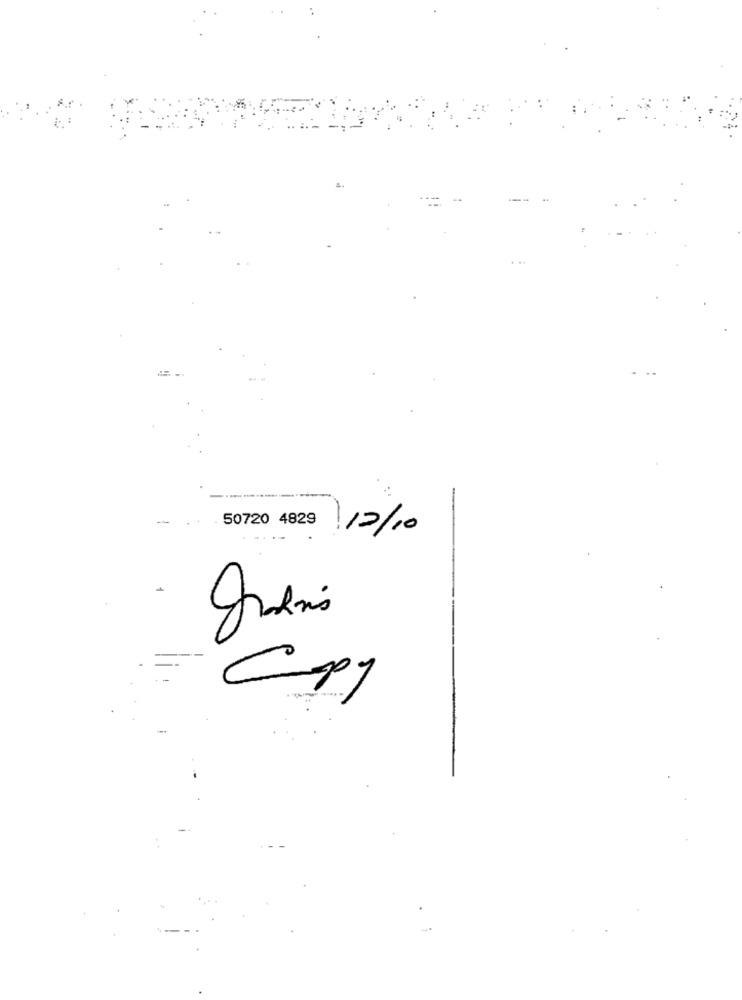
50720 4829
11/2/10
Copy